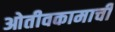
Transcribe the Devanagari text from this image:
ओतीवकामाची